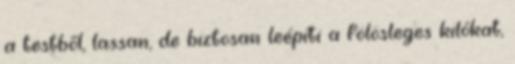
a testből, lassan, de biztosan leépíti a fölösleges kilókat,